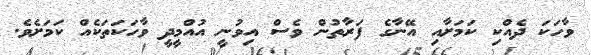
ވާހަކަ ދެއްކި ކަމަށާއި އޭނާގެ ފަރާތުން ވެސް އިވުނީ އުއްމީދީ ވާހަކަތަކެއް ކަމަށެވެ.